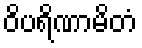
ဝိပရိဏာမိတံ